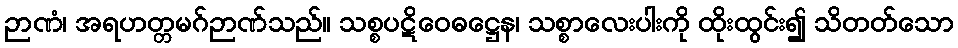
ဉာဏံ၊ အရဟတ္တမဂ်ဉာဏ်သည်။ သစ္စပဋိဝေဓဋ္ဌေန၊ သစ္စာလေးပါးကို ထိုးထွင်း၍ သိတတ်သော